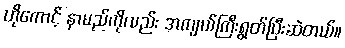
ဟိုကောင့် နာမည်ကိုလည်း အကျယ်ကြီးရွတ်ပြီးဆဲတယ်။